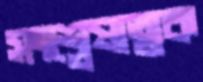
সংশ্লেষাত্মক